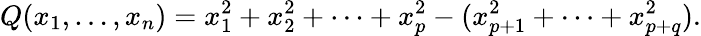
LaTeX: Q(x_{1},\ldots,x_{n})=x_{1}^{2}+x_{2}^{2}+\cdots+x_{p}^{2}-(x_{p+1}^{2}+\cdots+x_{p+q}^{2}).